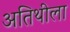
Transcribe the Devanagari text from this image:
अतिथीला